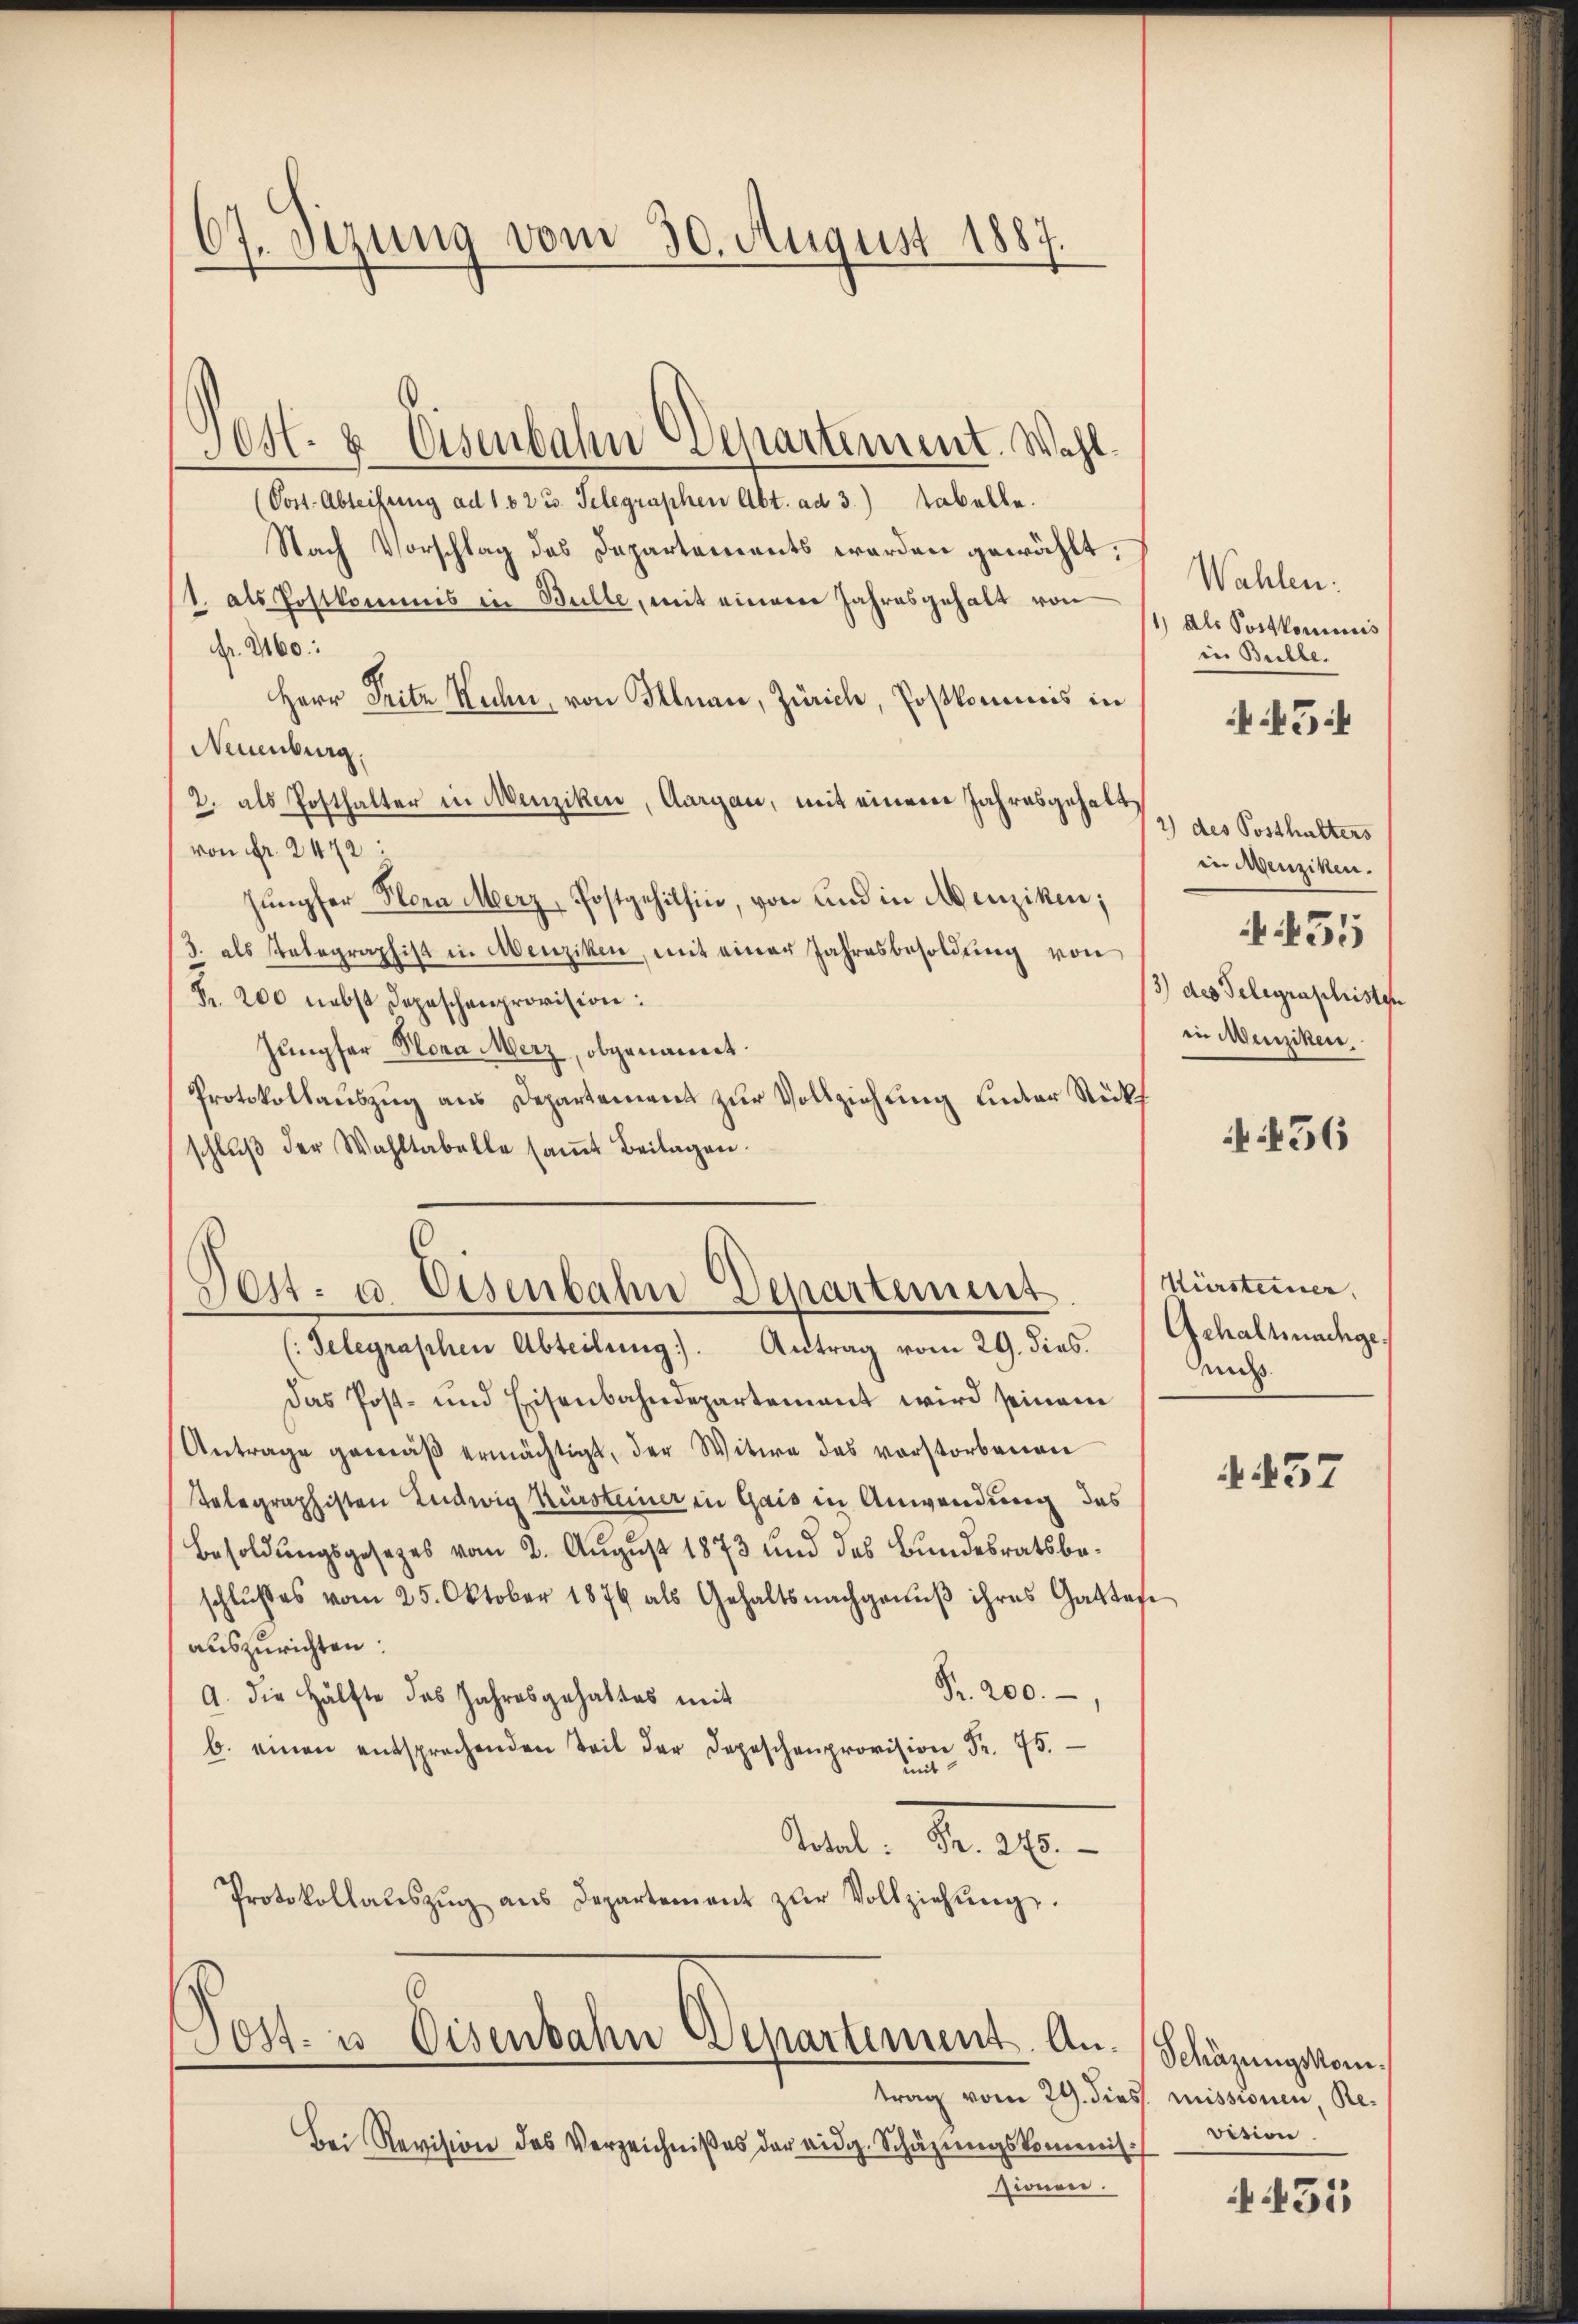
67. Sizung vom 30. August 1887.

304. 8 Eisenbahn Separtement. Wahl¬
(Post-Abteilung ad 102 u. Telegraphen Abt. ad 3.) Tabelle.
Nach Vorschlag des Departements werden gewählt.
1. als Postkommis in Bulle, mit einem Jahresgehalt von
Nr. 2160:
Herr Pritz Rechn, von Illnau, Zürich, Postkommis in
Neuenburg.
2. als Posthalter in Menziken, Aargau, mit einem Jahresgehalt,
von Fr. 2472:
Jungfer Plora Merz, Postgehilhin, von und in Menziken;
/3. als Telegraphist in Abenziken, mit einer Jahresbesoldŭng von
Fr. 200 nebst Depeschenprovision:
Jungfer Hora Merz, obgenannt.
Protokollauszug aus Departement zur Vollziehung unter Rücks
schlŭβ der Wahltabelle saṁt Beilagen.
Dett- u Eisenbahn-Departement
(Telegraschen Abteilung). Antrag vom 29. dies. Gehalt nachge¬
Das Post- und Eisenbahndepartement wird seinem
Antrage gemäß ermächtigt, der Witwe des vorstorbereie
Telegraphisten Ludwig Kürsteiner in Gais in Anwendung das
Besoldungsgesezes vom 2. August 1873 und das Bundesratsbeschlußes vom 25. Oktober 1876 als Gehaltsnachganŭβ ihres Gattafe
auszurichten:
Fr. 200.
A. die Hälfte des Jahresgehaltes mit
b. einen entsprechenden Teil der Depeschenprovition Fr. 75.
mit
Aull. Seit
Protokollaŭszŭg aŭs Departement zŭr Vollziehŭng.

Post- u Eisenbahn Departement. An

trag vom 29. dies
Bei Revision des Verzeichnißes der eidg. Schäzŭngskommnis.
sionen.

Wahlen:
11, als Postkommnis
in Bulle.
5

2) des Posthalters
in irgenziken.
13) des Telegraphisten
in Menziken.

455

456

Kürsteiner,
Ad

57

Schäzungskommissionen Revision

f451